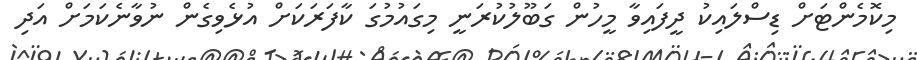
މިކޮމެންޓަށް ޑިސްލައިކު ދީފައިވާ މީހުން ގަބޫލުކުރަނީ މިގައުމުގަ ކާފަރަކަށް އުޅެވިގެން ނުވާނެކަމަށް އަދި